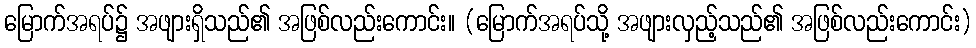
မြောက်အရပ်၌ အဖျားရှိသည်၏ အဖြစ်လည်းကောင်း။ (မြောက်အရပ်သို့ အဖျားလှည့်သည်၏ အဖြစ်လည်းကောင်း)